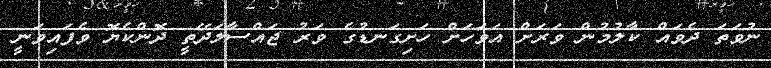
ނުވަތަ ދެވައް ކާލުމުން ވަރަށް އަވަހަށް ހަށިގަނޑުގެ ވަރު ޖައްސާލަދޭތީ ދޮންކެޔޮ ވެފައިވަނީ